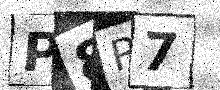
Text: P8R7